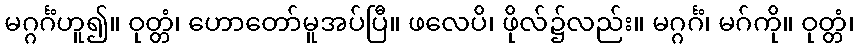
မဂ္ဂင်္ဂံဟူ၍။ ဝုတ္တံ၊ ဟောတော်မူအပ်ပြီ။ ဖလေပိ၊ ဖိုလ်၌လည်း။ မဂ္ဂင်္ဂံ၊ မဂ်ကို။ ဝုတ္တံ၊